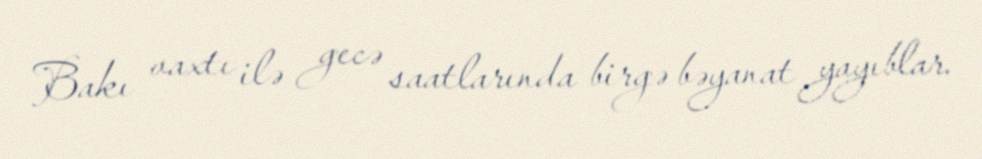
Bakı vaxtı ilə gecə saatlarında birgə bəyanat yayıblar.